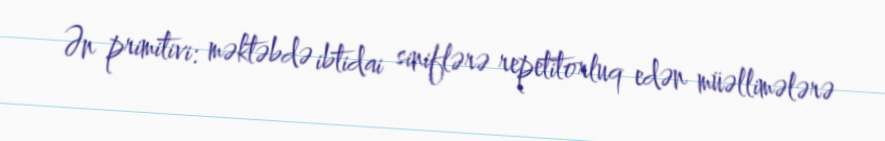
Ən primitivi: məktəbdə ibtidai siniflərə repetitorluq edən müəllimələrə